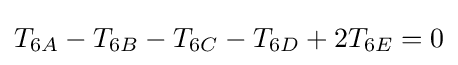
T_{6A}-T_{6B}-T_{6C}-T_{6D}+2T_{6E}=0